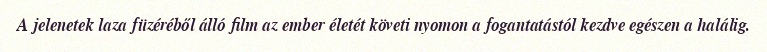
A jelenetek laza füzéréből álló film az ember életét követi nyomon a fogantatástól kezdve egészen a halálig.